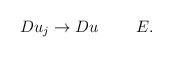
LaTeX: \begin{align*} Du_j\to Du\qquad\ E.\end{align*}